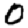
Digit: 0